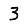
Digit: 3